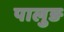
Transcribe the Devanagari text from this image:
पालुङ